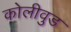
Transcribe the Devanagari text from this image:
कोलीवुड